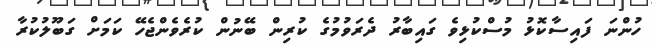
ހުންނަ ފައިސާކޮޅު މުސްކުޅިވެ ގައިބާރު ދެރަވުމުގެ ކުރިން ބޭނުން ކުރެވެންޖެހޭ ކަމަށް ގަބޫލުކުރާ